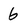
Character: 6